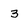
Character: 3